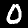
Digit: 0